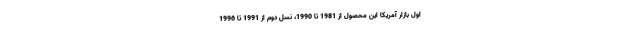
اول بازار آمریکا این محصول از 1981 تا 1990، نسل دوم از 1991 تا 1996